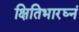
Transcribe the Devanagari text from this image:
क्षितिभारघ्नं